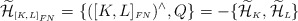
\begin{align*}\widetilde{\cal H}_{\scriptscriptstyle [K,L]_{FN}}=\{([K,L]_{\scriptscriptstyle FN})^{\wedge},Q\}=-\{\widetilde{\cal H}_{\scriptscriptstyle K},\widetilde{\cal H}_{\scriptscriptstyle L}\}\end{align*}